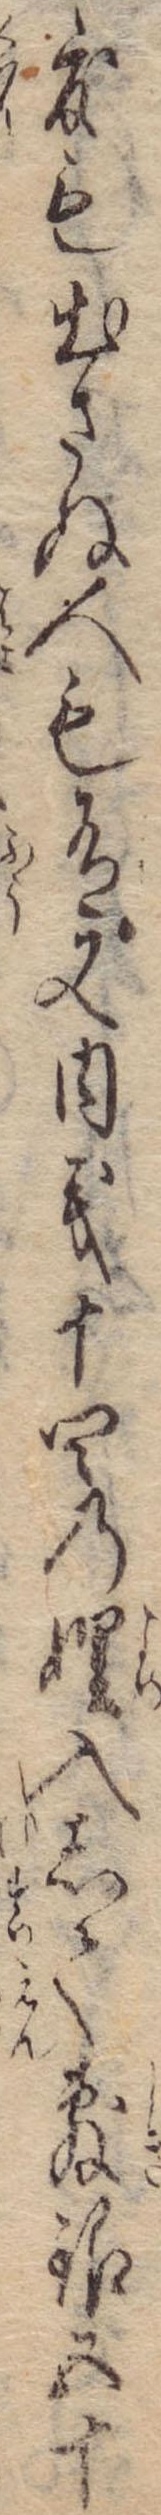
度も出さぬ人も有又内義十四の娌入して敷銀五十